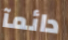
دائمآ